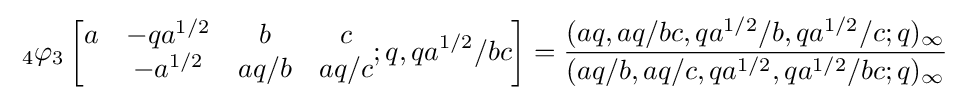
\;_{4}\varphi _{3}\left[{\begin{matrix}a&-qa^{1/2}&b&c\\&-a^{1/2}&aq/b&aq/c\end{matrix}};q,qa^{1/2}/bc\right]={\frac {(aq,aq/bc,qa^{1/2}/b,qa^{1/2}/c;q)_{\infty }}{(aq/b,aq/c,qa^{1/2},qa^{1/2}/bc;q)_{\infty }}}